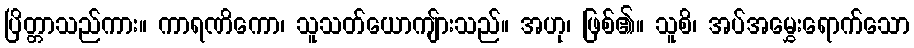
ပြိတ္တာသည်ကား။ ကာရဏိကော၊ သူသတ်ယောကျ်ားသည်။ အဟု၊ ဖြစ်၏။ သူစိ၊ အပ်အမွှေးရောက်သော